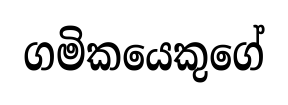
ගමිකයෙකුගේ